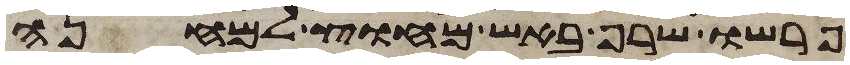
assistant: פרשו שרף באש מחוץ למחנה